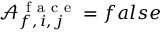
\mathcal { A } _ { f , \, i , \, j } ^ { \mathrm { ~ f ~ a ~ c ~ e ~ } } = f a l s e